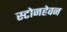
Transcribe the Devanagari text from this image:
स्टोनहेवन